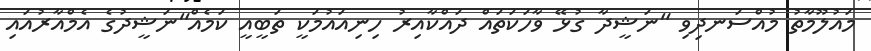
މައުލޫމާތު މުއްސަނދިވި "ނަޝީދާ ގުޅޭ ވާހަކަތައް ދައްކާއިރު ހިނިއައުމަކީ ތަބީއީ ކަމެއް"ނަޝީދުގެ އެމްއާރުއައި